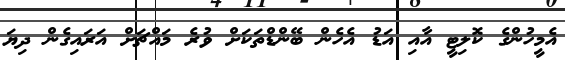
އެމީހުންގެ ކޮލިޓީ އާއި އަޑު އެހެން ބޭންޑްތަކަށް ވުރެ މައްޗަށް އަރައިގެން ދިޔަ